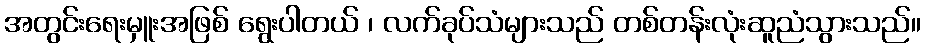
အတွင်းရေးမှူးအဖြစ် ရွေးပါတယ် ၊ လက်ခုပ်သံများသည် တစ်တန်းလုံးဆူညံသွားသည်။